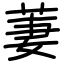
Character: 萋